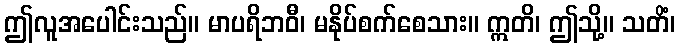
ဤလူအပေါင်းသည်။ မာပရိဘဝီ၊ မနိုပ်စက်စေသား။ ဣတိ၊ ဤသို့။ သတိံ၊